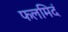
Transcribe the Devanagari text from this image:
फलमिदं